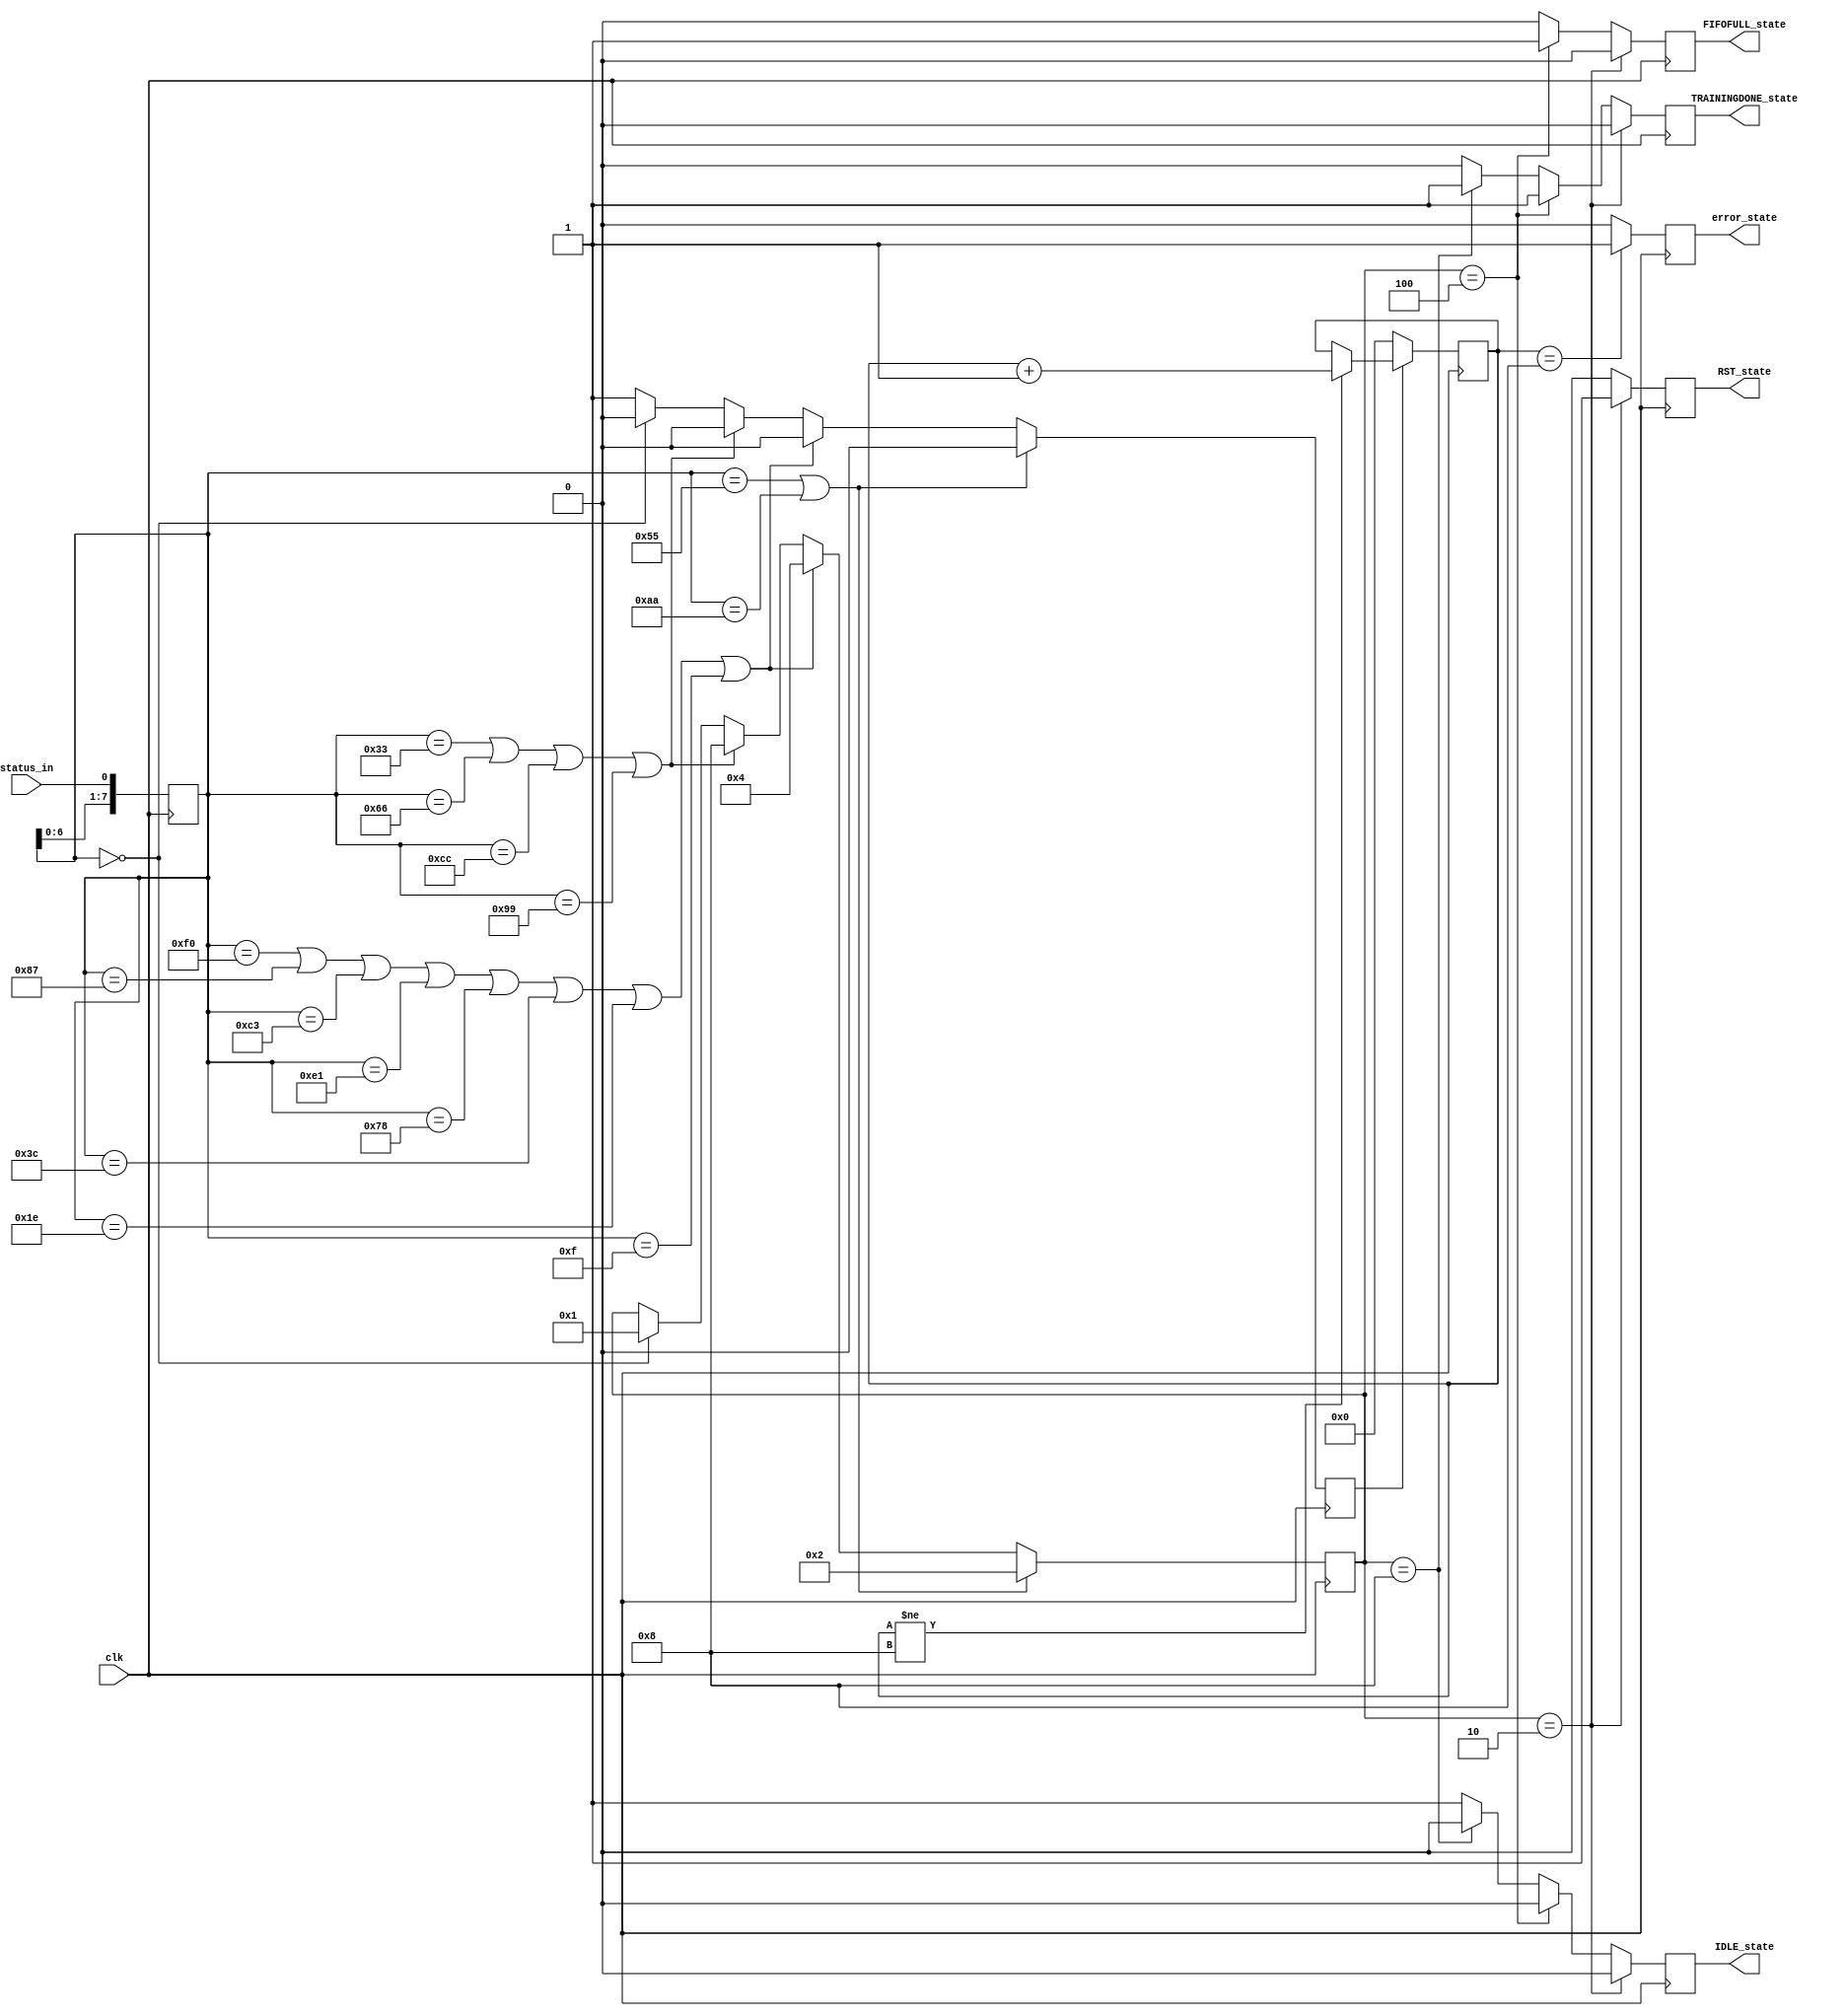
module Sora_FRL_STATUS_decoder(
		input	clk,
//		input	rst,				// no need for a reset signal since these's no internal state
		
		// input from STATUS line
		input	status_in,
		
		// four output states
		output reg	RST_state,
		output reg	TRAININGDONE_state,
		output reg	IDLE_state,
		output reg	FIFOFULL_state,
		// error state
		output reg	error_state
	);
		
	reg			ambiguity;			// indicates ambiguous status
	reg [3:0]	error_cnt;
	
	reg [7:0]	shift_reg;
	parameter IDLE				= 4'b0001;
	parameter RST				= 4'b0010;
	parameter FIFOFULL		= 4'b0100;
	parameter TRAININGDONE	= 4'b1000;
	reg [3:0]	INT_SAT;
	
//	always@(posedge clk)begin
//		if(rst)
//			shift_reg <= 8'h00;
//		else
//			shift_reg <= {shift_reg[6:0], status_in};
//	end
	initial shift_reg	<= 8'h00;
	always@(posedge clk) shift_reg <= {shift_reg[6:0], status_in};
	
	// decoder
	initial begin
		ambiguity	<= 1'b0;
		INT_SAT		<= IDLE;
	end
	always@(posedge clk) begin
		ambiguity <= 1'b0;
	
		if ( shift_reg == 8'h55 | shift_reg == 8'hAA) begin
			INT_SAT <= RST;
		end else if ( shift_reg == 8'hF0 | shift_reg == 8'h87 | shift_reg == 8'hC3 | shift_reg == 8'hE1 | shift_reg == 8'h78 | shift_reg == 8'h3C | shift_reg == 8'h1E | shift_reg == 8'h0F ) begin
			INT_SAT <= FIFOFULL;
		end else if ( shift_reg == 8'h33 | shift_reg == 8'h66 | shift_reg == 8'hCC | shift_reg == 8'h99 ) begin
			INT_SAT <= TRAININGDONE;
		end else if ( shift_reg == 8'h00) begin
			INT_SAT <= IDLE;
		end else begin// by default, the previous INT_SAT remains, this normally happen when the status is changing			
			INT_SAT <= INT_SAT;
			ambiguity <= 1'b1;
		end
	end
	
	// detect error state
	initial
		error_cnt <= 4'b0000;
	always@(posedge clk) begin
//		if (rst) begin
//			error_cnt <= 4'b0000;
//		end else if(ambiguity) begin
		if (ambiguity) begin
			if (error_cnt != 4'b1000)
				error_cnt <= error_cnt + 4'b0001;
			else
				error_cnt <= error_cnt;
		end else begin
			error_cnt <= 4'b0000;
		end
	end
	always@(posedge clk) begin
		error_state <= (error_cnt == 4'b1000) ? 1'b1 : 1'b0;
	end
	
	// determine the output signals
	initial begin
		RST_state				<= 1'b0;
		TRAININGDONE_state	<= 1'b0;
		FIFOFULL_state			<= 1'b0;
		IDLE_state				<= 1'b1;
	end
	always@(posedge clk) begin
//		if (rst) begin
//			RST_state				<= 1'b0;
//			TRAININGDONE_state	<= 1'b0;
//			FIFOFULL_state			<= 1'b0;
//			IDLE_state				<= 1'b1;
//		end else if (INT_SAT == RST) begin
		if (INT_SAT == RST) begin
			RST_state				<= 1'b1;
			TRAININGDONE_state	<= 1'b0;
			FIFOFULL_state			<= 1'b0;
			IDLE_state				<= 1'b0;
		end else if ( INT_SAT == FIFOFULL ) begin
			RST_state				<= 1'b0;
			TRAININGDONE_state	<= 1'b1;
			FIFOFULL_state			<= 1'b1;
			IDLE_state				<= 1'b0;
		end else if ( INT_SAT == TRAININGDONE ) begin
			RST_state				<= 1'b0;
			TRAININGDONE_state	<= 1'b1;
			FIFOFULL_state			<= 1'b0;
			IDLE_state				<= 1'b0;
		end else if ( INT_SAT == IDLE ) begin
			RST_state				<= 1'b0;
			TRAININGDONE_state	<= 1'b0;
			FIFOFULL_state			<= 1'b0;
			IDLE_state				<= 1'b1;
		end else begin	// should not go into this branch
			RST_state				<= 1'b0;
			TRAININGDONE_state	<= 1'b0;
			FIFOFULL_state			<= 1'b0;
			IDLE_state				<= 1'b1;
		end
	end

endmodule